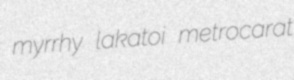
myrrhy lakatoi metrocarat